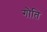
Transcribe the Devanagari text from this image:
गौति